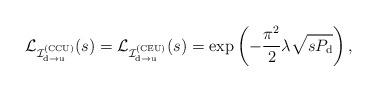
LaTeX: \begin{align*}\mathcal{L}_{\mathcal{I}^{({\rm CCU})}_{\rm d \rightarrow u}}(s)= \mathcal{L}_{\mathcal{I}^{({\rm CEU})}_{\rm d \rightarrow u}}(s)= \exp\left( - \frac{\pi^{2}}{2} \lambda \sqrt{ s P_{\rm{d}} } \right),\end{align*}